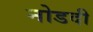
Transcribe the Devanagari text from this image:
नोडदी